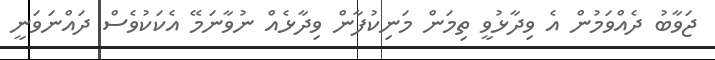
ޖަވާބު ދެއްވަމުން އެ ވިދާޅުވީ ތިމަން މަނިކުފާން ވިދާޅެއް ނުވާނަމޭ އެކަކުވެސް ދައްނަވަނީ